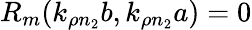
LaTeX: R_{m}(k_{\rho n_{2}}b,k_{\rho n_{2}}a)=0